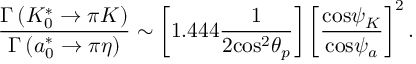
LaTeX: \frac { { \Gamma } \left( K _ { 0 } ^ { * } \rightarrow \pi K \right) } { { \Gamma } \left( a _ { 0 } ^ { * } \rightarrow \pi \eta \right) } \sim \left[ 1 . 4 4 4 \frac { 1 } { 2 \mathrm { { c o s } } ^ { 2 } { \theta } _ { p } } \right] \left[ { \frac { { \mathrm { c o s } } { \psi } _ { K } } { \mathrm { { c o s } } { \psi } _ { a } } } \right] ^ { 2 } .